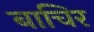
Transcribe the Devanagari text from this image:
बाचिर